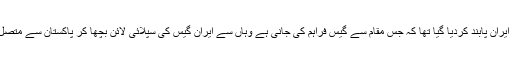
اس معاہدے کے مطابق ایران پابند کردیا گیا تھا کہ جس مقام سے گیس فراہم کی جانی ہے وہاں سے ایران گیس کی سپلائی لائن بچھا کر پاکستان سے متصل سرحدوں تک لائے گا۔